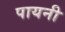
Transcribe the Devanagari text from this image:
पायनी